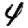
Digit: 4